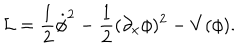
LaTeX: { \cal L } = \frac { 1 } { 2 } \dot { \phi } ^ { 2 } - \frac { 1 } { 2 } ( \partial _ { x } \phi ) ^ { 2 } - V ( \phi ) .